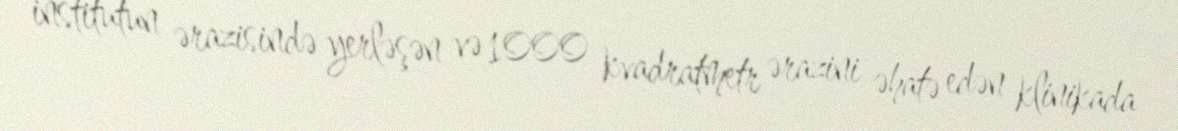
institutun ərazisində yerləşən və 1000 kvadratmetr ərazini əhatə edən klinikada